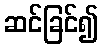
ဆင်ခြင်၍